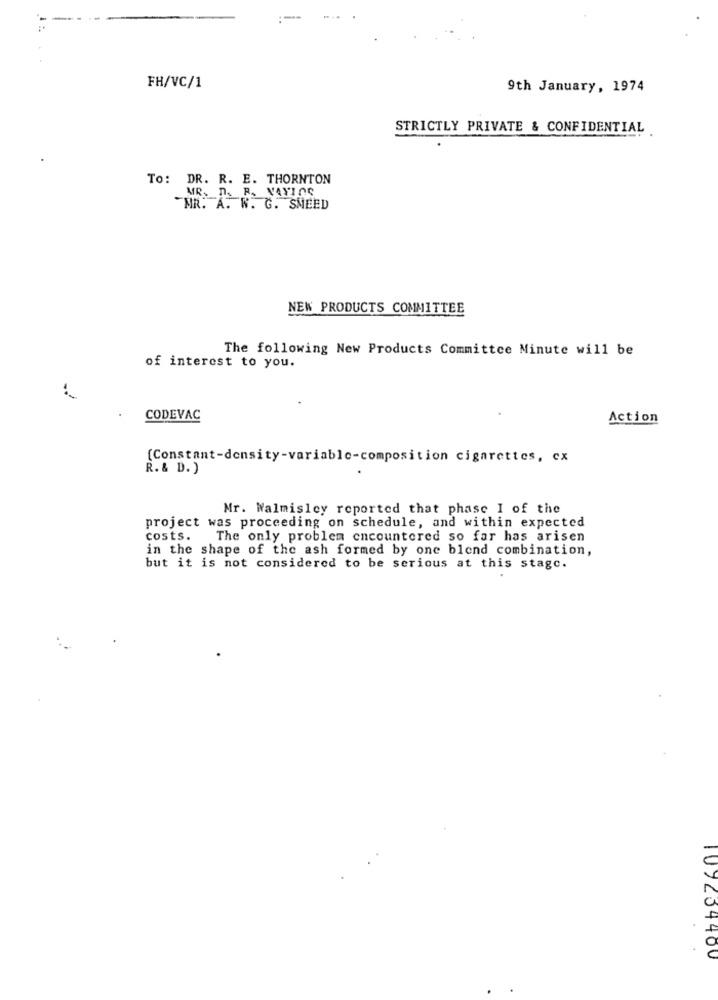
FH/VC/1
9th January, 1974
STRICTLY PRIVATE & CONFIDENTIAL
To: DR. R. E. THORNTON
MR. n. R. VANLOS
"MR. A. N. G. SMEED
NEW PRODUCTS COMMITTEE
The following New Products Committee Minute will be
of interest to you.
CODEVAC
Action
[Constant-density-variable-composition cigarettes, cx
R. & D. )
Mr. Walmisley reported that phase I of the
project was proceeding on schedule, and within expected
costs.
The only problem encountered so far has arisen
in the shape of the ash formed by one blend combination,
but it is not considered to be serious at this stage.
109234400